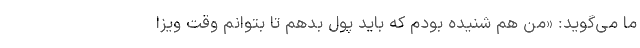
ما می‌گوید: «من هم شنیده بودم که باید پول بدهم تا بتوانم وقت ویزا